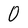
Character: 0